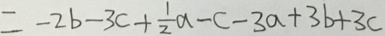
= - 2 b - 3 c + \frac { 1 } { 2 } a - c - 3 a + 3 b + 3 c